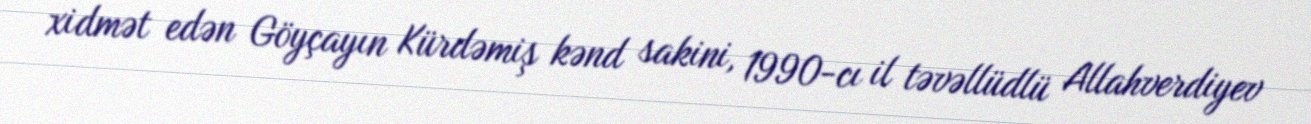
xidmət edən Göyçayın Kürdəmiş kənd sakini, 1990-cı il təvəllüdlü Allahverdiyev